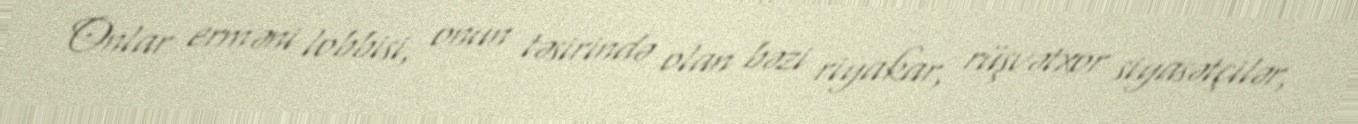
Onlar erməni lobbisi, onun təsirində olan bəzi riyakar, rüşvətxor siyasətçilər,